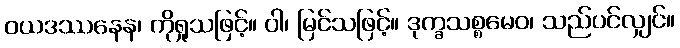
ဝယဒဿနေန၊ ကိုရှုသဖြင့်။ ဝါ၊ မြင်သဖြင့်။ ဒုက္ခသစ္စမေဝ၊ သည်ပင်လျှင်။